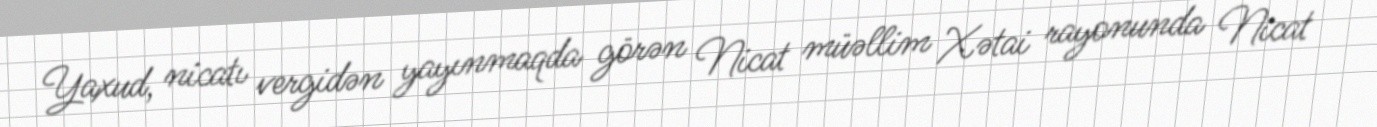
Yaxud, nicatı vergidən yayınmaqda görən Nicat müəllim Xətai rayonunda Nicat